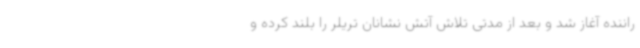
راننده آغاز شد و بعد از مدتی تلاش آتش نشانان تریلر را بلند کرده و